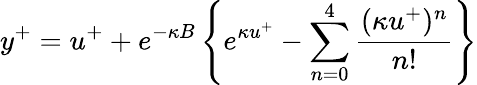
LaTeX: y^{+}=u^{+}+e^{-\kappa B}\left\{ e^{\kappa u^{+}}-\sum_{n=0}^{4}\frac{(\kappa u^{+})^{n}}{n!}\right\}